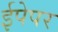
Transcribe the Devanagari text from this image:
ईपेपर